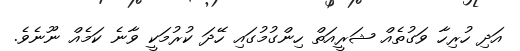
އަދި ހުރިހާ ވަގުތެއް ޝަރީއަތް ހިންގުމުގައި ހޭދަ ކުރުމަކީ ވާނެ ކަމެއް ނޫނެވެ.